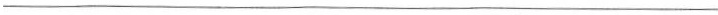
_________________